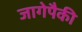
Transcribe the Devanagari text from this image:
जागेपैकी